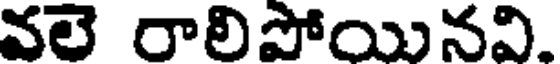
వలె రాలిపోయినవి.